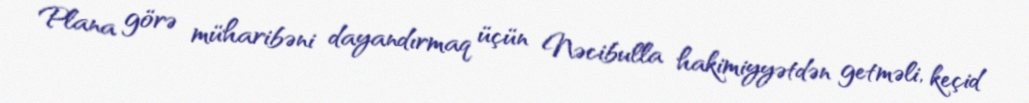
Plana görə müharibəni dayandırmaq üçün Nəcibulla hakimiyyətdən getməli, keçid